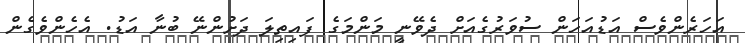
އަހަރެންވެސް އަޑުއަހަން ސުވަރުގެއަށް ދެވޭނީ މަންމަގެ ފައިތިލަ ދަށުންނޭ ބުނާ އަޑު. އެހެންވެގެން